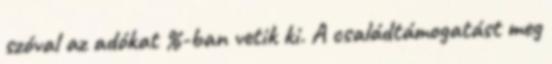
szóval az adókat %-ban vetik ki. A családtámogatást meg